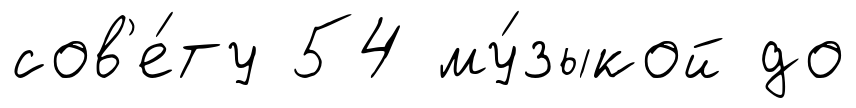
сов'е́ту 54 му́зыкой до